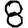
Digit: 8